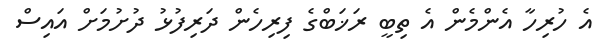
އެ ހުރިހާ އެންމެން އެ ތިބީ ރަޚަބްގެ ފިރިހެން ދަރިފުޅު ދުށުމަށް އައިސް